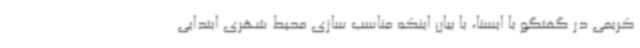
کریمی در گفتگو با ایسنا، با بیان اینکه مناسب سازی محیط شهری ابتدایی